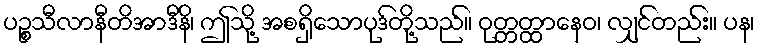
ပဉ္စသီလာနီတိအာဒီနိ၊ ဤသို့ အစရှိသောပုဒ်တို့သည်။ ဝုတ္တတ္ထာနေဝ၊ လျှင်တည်း။ ပန၊